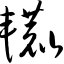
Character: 辘